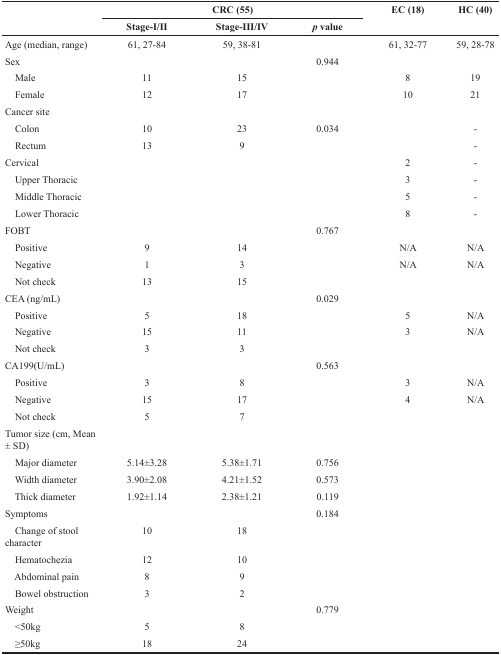
<table><thead><tr><td rowspan="2"></td><td colspan="3"><b>CRC (55)</b></td><td rowspan="2"><b>EC (18)</b></td><td rowspan="2"><b>HC (40)</b></td></tr><tr><td><b>Stage-I/II</b></td><td><b>Stage-III/IV</b></td><td><b><i>p</i> value</b></td></tr></thead><tbody><tr><td>Age (median, range)</td><td>61, 27-84</td><td>59, 38-81</td><td></td><td>61, 32-77</td><td>59, 28-78</td></tr><tr><td>Sex</td><td></td><td></td><td>0.944</td><td></td><td></td></tr><tr><td> Male</td><td>11</td><td>15</td><td></td><td>8</td><td>19</td></tr><tr><td> Female</td><td>12</td><td>17</td><td></td><td>10</td><td>21</td></tr><tr><td>Cancer site</td><td></td><td></td><td></td><td></td><td></td></tr><tr><td> Colon</td><td>10</td><td>23</td><td>0.034</td><td></td><td>-</td></tr><tr><td> Rectum</td><td>13</td><td>9</td><td></td><td></td><td>-</td></tr><tr><td>Cervical</td><td></td><td></td><td></td><td>2</td><td>-</td></tr><tr><td> Upper Thoracic</td><td></td><td></td><td></td><td>3</td><td>-</td></tr><tr><td> Middle Thoracic</td><td></td><td></td><td></td><td>5</td><td>-</td></tr><tr><td> Lower Thoracic</td><td></td><td></td><td></td><td>8</td><td>-</td></tr><tr><td>FOBT</td><td></td><td></td><td>0.767</td><td></td><td></td></tr><tr><td> Positive</td><td>9</td><td>14</td><td></td><td>N/A</td><td>N/A</td></tr><tr><td> Negative</td><td>1</td><td>3</td><td></td><td>N/A</td><td>N/A</td></tr><tr><td> Not check</td><td>13</td><td>15</td><td></td><td></td><td></td></tr><tr><td>CEA (ng/mL)</td><td></td><td></td><td>0.029</td><td></td><td></td></tr><tr><td> Positive</td><td>5</td><td>18</td><td></td><td>5</td><td>N/A</td></tr><tr><td> Negative</td><td>15</td><td>11</td><td></td><td>3</td><td>N/A</td></tr><tr><td> Not check</td><td>3</td><td>3</td><td></td><td></td><td></td></tr><tr><td>CA199(U/mL)</td><td></td><td></td><td>0.563</td><td></td><td></td></tr><tr><td> Positive</td><td>3</td><td>8</td><td></td><td>3</td><td>N/A</td></tr><tr><td> Negative</td><td>15</td><td>17</td><td></td><td>4</td><td>N/A</td></tr><tr><td> Not check</td><td>5</td><td>7</td><td></td><td></td><td></td></tr><tr><td>Tumor size (cm, Mean ± SD)</td><td></td><td></td><td></td><td></td><td></td></tr><tr><td> Major diameter</td><td>5.14±3.28</td><td>5.38±1.71</td><td>0.756</td><td></td><td></td></tr><tr><td> Width diameter</td><td>3.90±2.08</td><td>4.21±1.52</td><td>0.573</td><td></td><td></td></tr><tr><td> Thick diameter</td><td>1.92±1.14</td><td>2.38±1.21</td><td>0.119</td><td></td><td></td></tr><tr><td>Symptoms</td><td></td><td></td><td>0.184</td><td></td><td></td></tr><tr><td> Change of stool character</td><td>10</td><td>18</td><td></td><td></td><td></td></tr><tr><td> Hematochezia</td><td>12</td><td>10</td><td></td><td></td><td></td></tr><tr><td> Abdominal pain</td><td>8</td><td>9</td><td></td><td></td><td></td></tr><tr><td> Bowel obstruction</td><td>3</td><td>2</td><td></td><td></td><td></td></tr><tr><td>Weight</td><td></td><td></td><td>0.779</td><td></td><td></td></tr><tr><td> &lt;50kg</td><td>5</td><td>8</td><td></td><td></td><td></td></tr><tr><td> ≥50kg</td><td>18</td><td>24</td><td></td><td></td><td></td></tr></tbody></table>